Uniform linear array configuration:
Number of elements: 4
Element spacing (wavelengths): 0.5
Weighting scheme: cosine
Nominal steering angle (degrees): -45
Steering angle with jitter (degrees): -46.787
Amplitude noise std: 0.05
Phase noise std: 0.05

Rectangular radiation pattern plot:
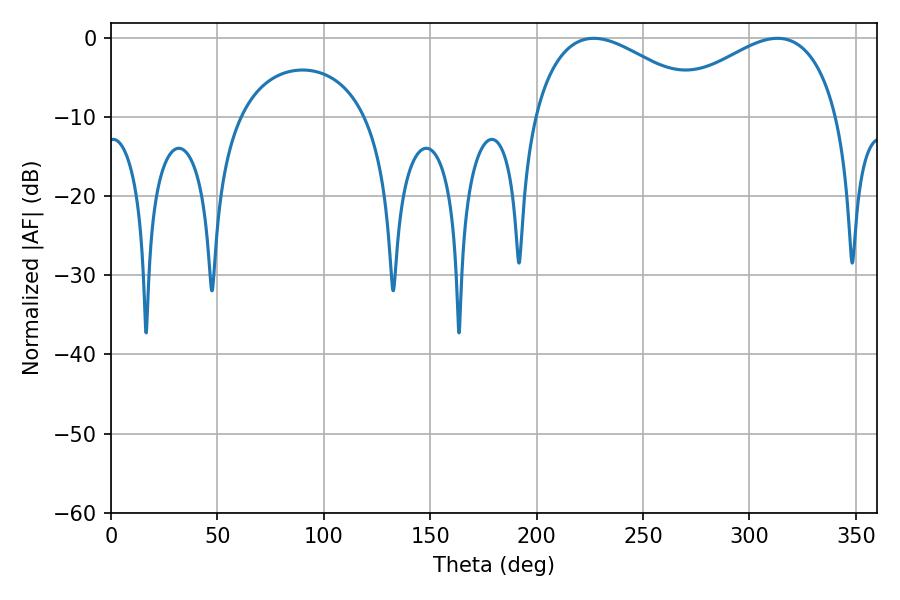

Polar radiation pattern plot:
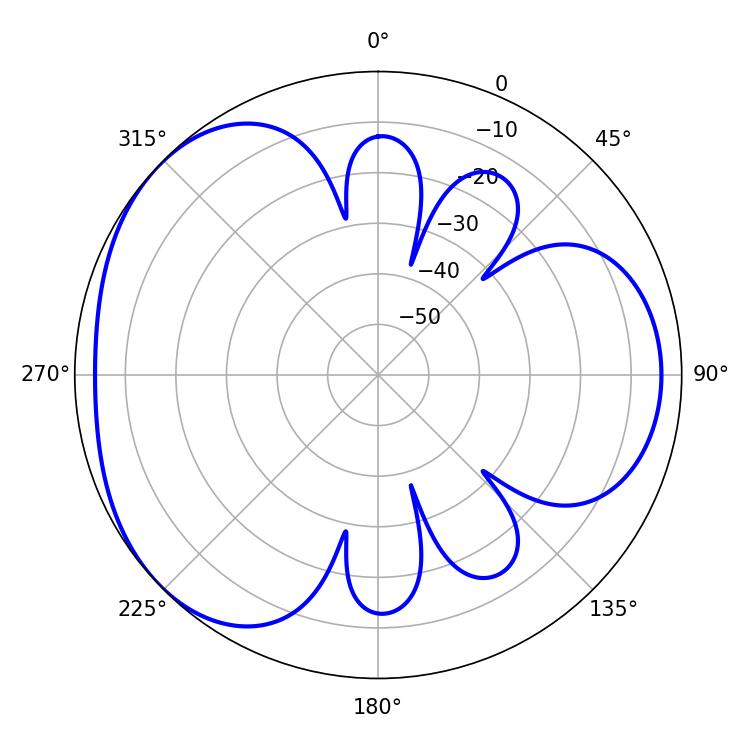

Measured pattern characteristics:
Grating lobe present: FALSE
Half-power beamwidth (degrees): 45.36
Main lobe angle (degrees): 226.8